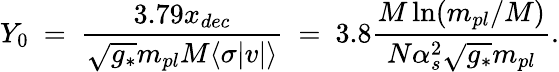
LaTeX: Y_{0}~=~\frac{3.79x_{dec}}{\sqrt{g_{*}}m_{pl}M\langle\sigma|v|\rangle}~=~3.8\frac{M\ln(m_{pl}/M)}{N\alpha_{s}^{2}\sqrt{g_{*}}m_{pl}}.